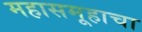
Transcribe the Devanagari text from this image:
महासमूहाचा